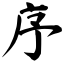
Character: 序